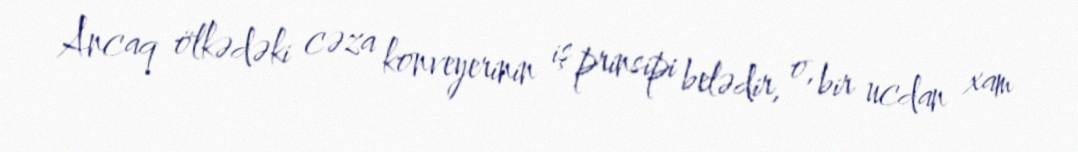
Ancaq ölkədəki cəza konveyerinin iş prinsipi belədir, o, bir ucdan xam